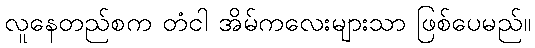
လူနေတည်စက တံငါ အိမ်ကလေးများသာ ဖြစ်ပေမည်။